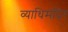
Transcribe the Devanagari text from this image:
व्याधिमंदिर